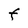
Character: F